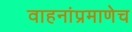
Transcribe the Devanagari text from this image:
वाहनांप्रमाणेच